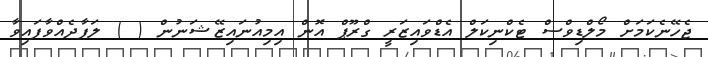
ޖެހޭނެކަމަށް މޯލްޑިވްސް ޓެކްނިކަލް އެޑްވައިޒަރީ ގްރޫޕް އޮން އިމިއުނައިޒޭޝަނުން ( ) ލަފާދެއްވާފައިވާ